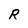
Character: R